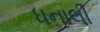
ધનાલી